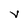
Character: V